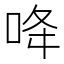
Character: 𠲓